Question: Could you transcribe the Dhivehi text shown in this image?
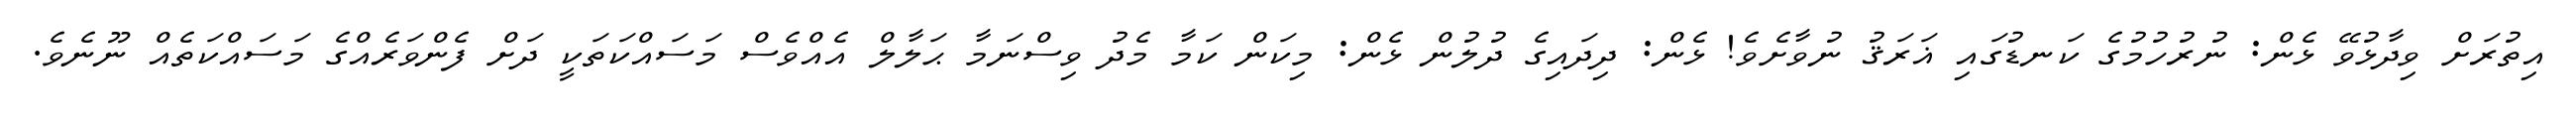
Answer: އިތުރަށް ވިދާޅުވޭ ޅެން: ނުރުހުމުގެ ކަނޑުގައި ޣަރަޤު ނުވާށެވެ! ޅެން: ދިދައިގެ ދުލުން ޅެން: މިކަން ކަމާ މެދު ވިސްނަމާ ޙަލާލް އެއްވެސް މަސައްކަތަކީ ދަށް ފެންވަރެއްގެ މަސައްކަތެއް ނޫނެވެ.